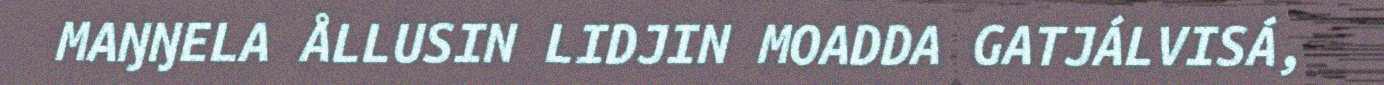
MAŊŊELA ÅLLUSIN LIDJIN MOADDA GATJÁLVISÁ,